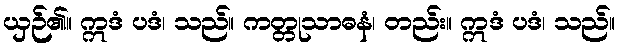
ယှဉ်၏။ ဣဒံ ပဒံ၊ သည်။ ကတ္တုသာဓနံ၊ တည်း။ ဣဒံ ပဒံ၊ သည်။